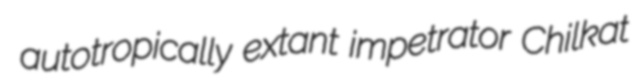
autotropically extant impetrator Chilkat